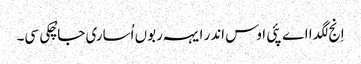
اِنج لگدا اے پئی اوس اندر ایہہ ربوں اُساری جا چُکی سی۔